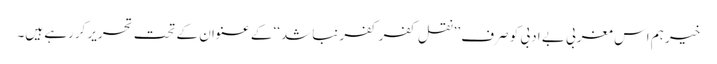
خیر ہم اس مغربی بے ادبی کو صرف ’’نقل کفر کفر نباشد‘‘ کے عنوان کے تحت تحریر کررہے ہیں۔